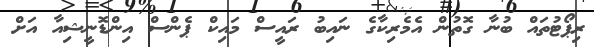
ރިޕޯޓުތައް ބުނާ ގޮތުން އެމެރިކާގެ ނައިބު ރައީސް މައިކް ޕެންސް އިންޑޮނީޝިއާ އަށް